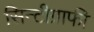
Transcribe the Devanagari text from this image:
सिन्टीग्राफी